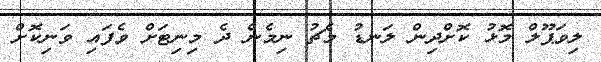
ލިވަޕޫލް މޮޅު ކޮށްދިން ލަނޑު މެޗު ނިމެން ދެ މިނިޓަށް ވެފައި ވަނިކޮށް